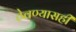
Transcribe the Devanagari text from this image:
ठेवण्यासही